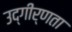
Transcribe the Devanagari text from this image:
उद्गीर्णता